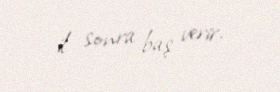
il sonra baş verir.